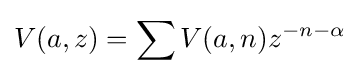
V(a,z)=\sum V(a,n)z^{-n-\alpha }